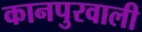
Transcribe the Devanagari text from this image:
कानपुरवाली